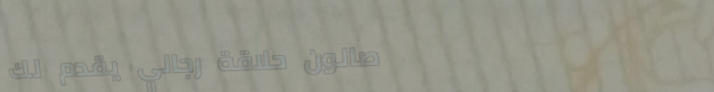
صالون حلاقة رجالي يقدم لك